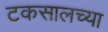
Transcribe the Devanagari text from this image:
टकसालच्या